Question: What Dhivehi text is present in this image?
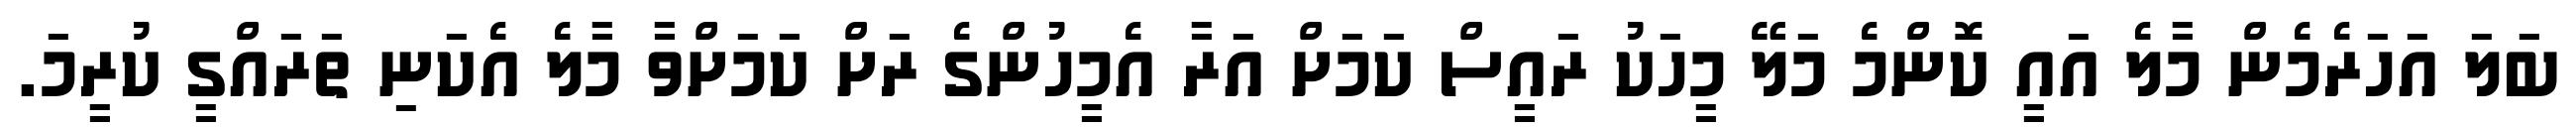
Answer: ބަލަ އަހަރެމެން މާލެ އައީ ކޮންމެ މަލޭ މީހަކު ރައީސް ކަމަށް އަރާ އެމީހުންގެ ރަށް ކަމަށްވާ މާލެ އެކަނި ތަރައްގީ ކުރީމަ.